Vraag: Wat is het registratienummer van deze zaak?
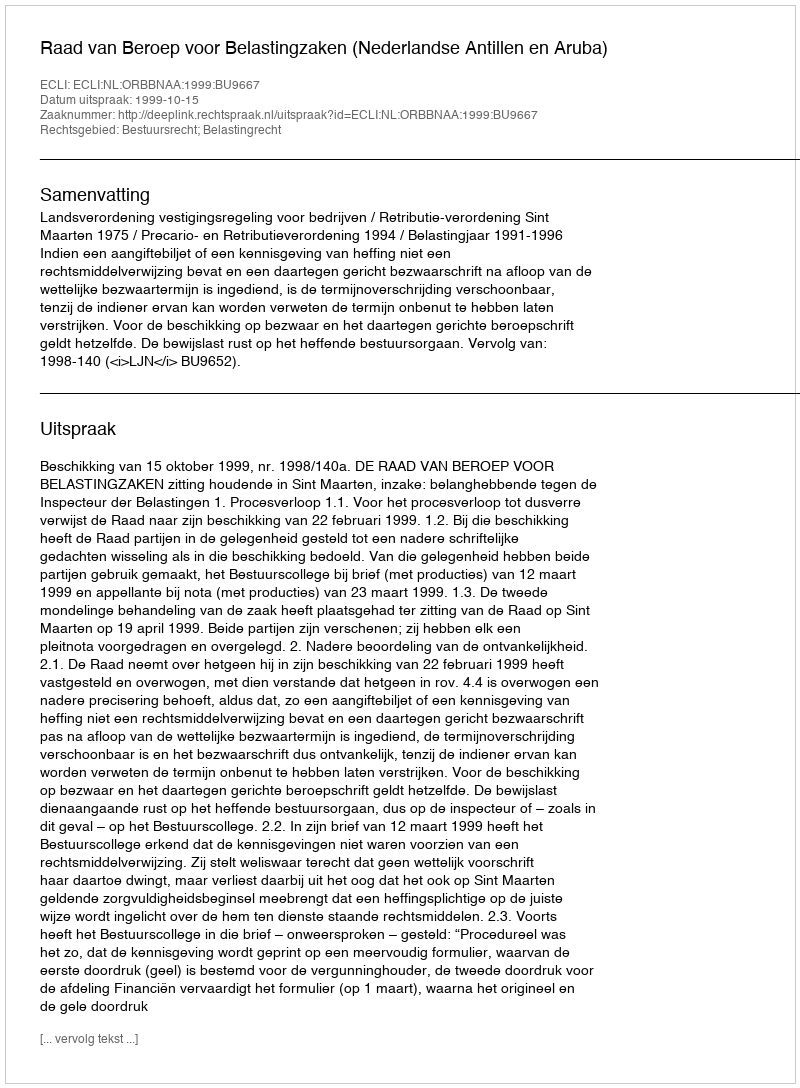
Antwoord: http://deeplink.rechtspraak.nl/uitspraak?id=ECLI:NL:ORBBNAA:1999:BU9667